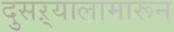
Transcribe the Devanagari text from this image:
दुसऱ्यालामारून